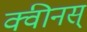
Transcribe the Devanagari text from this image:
क्वीनस्